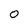
Character: O